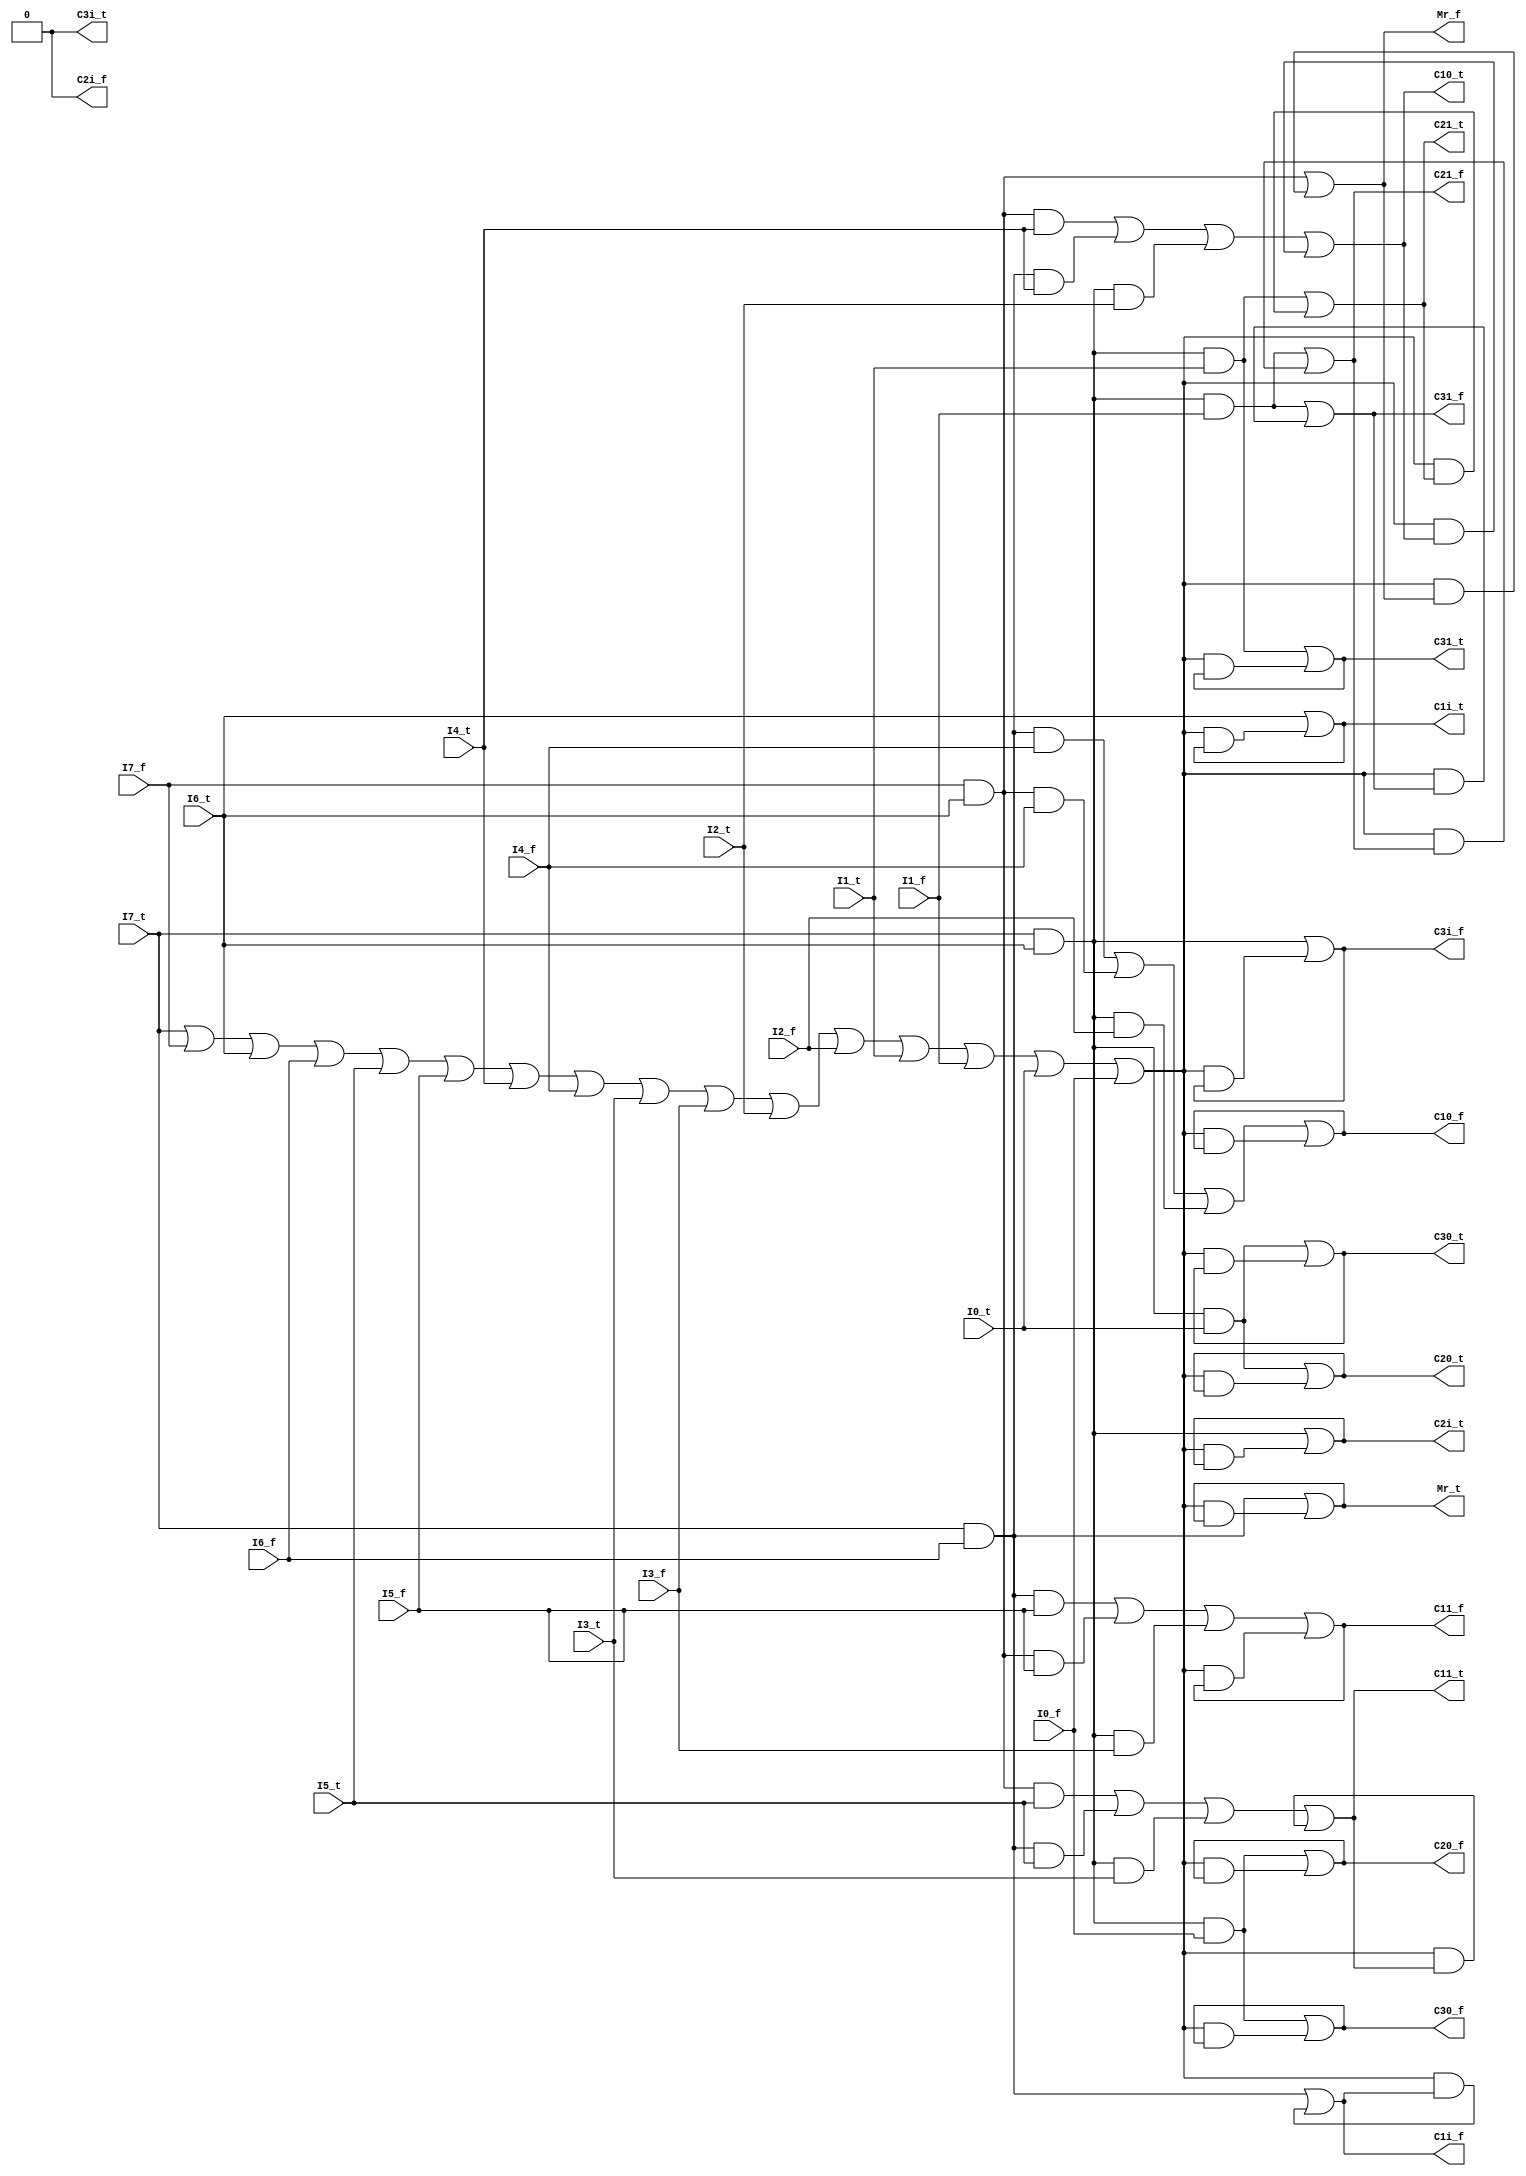
module controller(
	input I7_t, I7_f, I6_t, I6_f, I5_t, I5_f, I4_t, I4_f, I3_t, I3_f, I2_t, I2_f, I1_t, I1_f, I0_t, I0_f, 
	output C1i_t, C1i_f, C11_t, C11_f, C10_t, C10_f, C2i_t, C2i_f, C21_t, C21_f, C20_t, C20_f, C3i_t, C3i_f, C31_t, C31_f, C30_t, C30_f, Mr_t, Mr_f);

	wire hysteresis;
	assign hysteresis = I7_t | I7_f | I6_t | I6_f | I5_t | I5_f | I4_t | I4_f | I3_t | I3_f | I2_t | I2_f | I1_t | I1_f | I0_t | I0_f;

	assign C1i_f= (I7_t & I6_f) | (hysteresis & C1i_f);
	assign C1i_t= (I6_t) | (hysteresis & C1i_t);
	assign C11_f= (I7_t & I6_f & I5_f) | (I7_f & I6_t & I5_f) | (I7_t & I6_t & I3_f) | (hysteresis & C11_f);
	assign C11_t= (I7_f & I6_t & I5_t) | (I7_t & I6_f & I5_t) | (I7_t & I6_t & I3_t) | (hysteresis & C11_t);
	assign C10_f= (I7_t & I6_f & I4_f) | (I7_f & I6_t & I4_f) | (I7_t & I6_t & I2_f) | (hysteresis & C10_f);
	assign C10_t= (I7_f & I6_t & I4_t) | (I7_t & I6_f & I4_t) | (I7_t & I6_t & I2_t) | (hysteresis & C10_t);
	
	//assign C2i_f= () | (hysteresis & C2i_f);
	assign C2i_f=0;

	assign C2i_t= (I7_t & I6_t) | (hysteresis & C2i_t);
	assign C21_f= (I7_t & I6_t & I1_f) | (hysteresis & C21_f);
	assign C21_t= (I7_t & I6_t & I1_t) | (hysteresis & C21_t);
	assign C20_f= (I7_t & I6_t & I0_f) | (hysteresis & C20_f);
	assign C20_t= (I7_t & I6_t & I0_t) | (hysteresis & C20_t);
	assign C3i_f= (I7_t & I6_t) | (hysteresis & C3i_f);
	
	//assign C3i_t= () | (hysteresis & C3i_t);
	assign C3i_t= 0;
	
	assign C31_f= (I7_t & I6_t & I1_f) | (hysteresis & C31_f);
	assign C31_t= (I7_t & I6_t & I1_t) | (hysteresis & C31_t);
	assign C30_f= (I7_t & I6_t & I0_f) | (hysteresis & C30_f);
	assign C30_t= (I7_t & I6_t & I0_t) | (hysteresis & C30_t);
	assign Mr_f= (I7_f & I6_t) | (hysteresis & Mr_f);
	assign Mr_t= (I7_t & I6_f) | (hysteresis & Mr_t);

endmodule